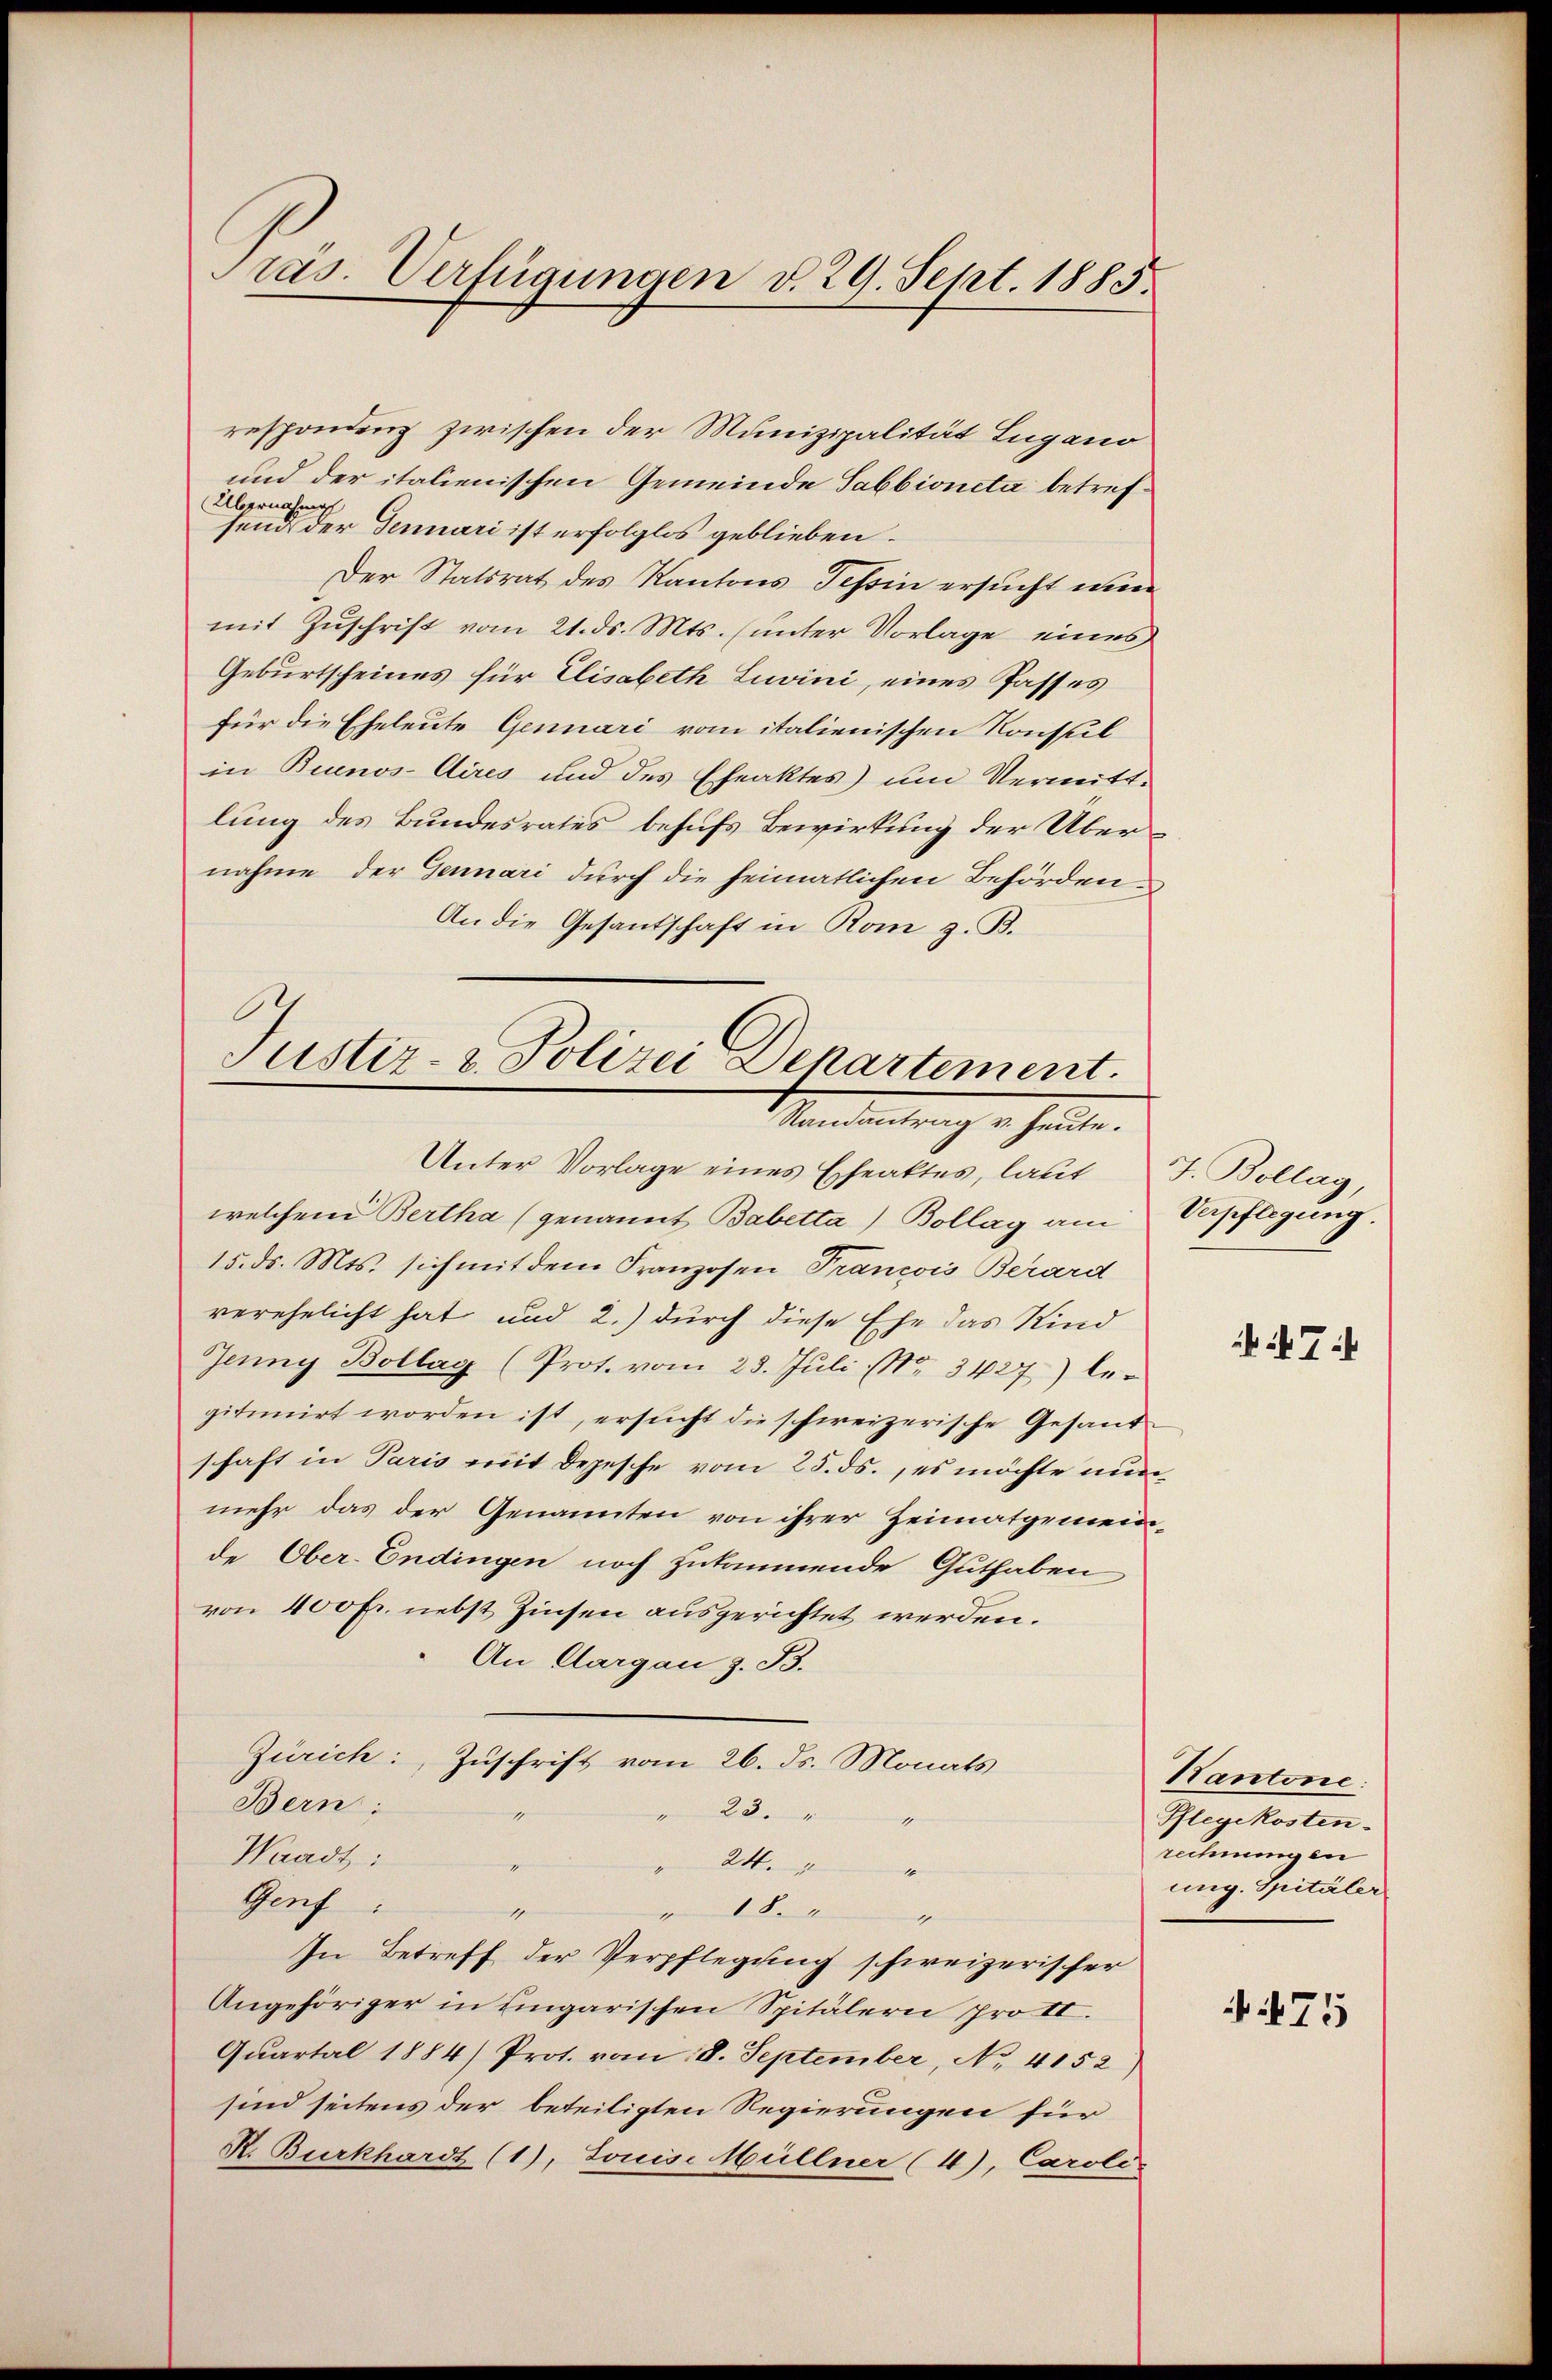
Pras. Verfügungen d. 29. Sept. 1885.

respondenz zwischen der Munizipalität Lugano
und der italienischen Gemeinde Tabbioneta betref¬
Übernahm
send der Dennari ist erfolglos geblieben.
Der Statsrat des Kantons Tessin ersucht wir
mit Zŭschrift vom 21. ds. Mts. (unter Vorlage eines
Geburtscheines für Elisabeth Luwini, eines Passes
für die Eheleute Genuari vom italienischen Konsul
in Buenos-Aires und des Eheaktes um Vermittlung des Bundesrates behufs Bewirkung der Übernahme der Gennari durch die heimatlichen Behörden
An die Gesantschaft in Rom z. B.

Justiz- & Polizei Departement.
Randantrag v. heute.
Unter Vorlage eines Eheaktes, laut J. Bollag

welchem Bertha (genannt Babetta) Bollag am
15. ds. Mts. sich mit dem Franzosen Trancois Berard
verehelicht hat und 2.) durch diese Ehe das Kind
Jenny Bollag (Prot. vom 23. Juli NNo. 3427) le-
gitimirt worden ist, ersucht die schweizerische Gesand
schaft in Paris mit Depesche vom 25. ds., es möchte nun
mehr das der Genannten von ihrer Heimatgemeinde Ober-Endingen noch zukommende Guthaben
von 400 Fr. nebst Zinsen ausgerichtet werden.
An Aargau z. B.
Zürich: Zuschrift vom 26. ds. Monats
Bern;
" 23.
g
Waadt:
24.
Genf
v Sa
In Betreff der Verpflegung schweizerischer
Angehöriger in Eingarischen Spitälern pro II.
Quartal 1884) Prot. vom 8. September, No. 4152,
sind seitens der beteiligten Regierungen für
R. Burkhardt (1), Louise Müllner (4), Caroli-

Verpflegung.

27

Hantone
Pflegekosten.
rechnung en
ung. Spitäler

75